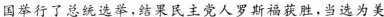
国举行了总统选举，结果民主党人罗斯福获胜，当选为美